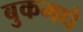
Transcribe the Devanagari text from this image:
बुकमधे